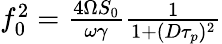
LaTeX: \begin{array}{r}{f_{0}^{2}=\frac{4\Omega S_{0}}{\omega\gamma}\frac{1}{1+(D\tau_{p})^{2}}}\end{array}